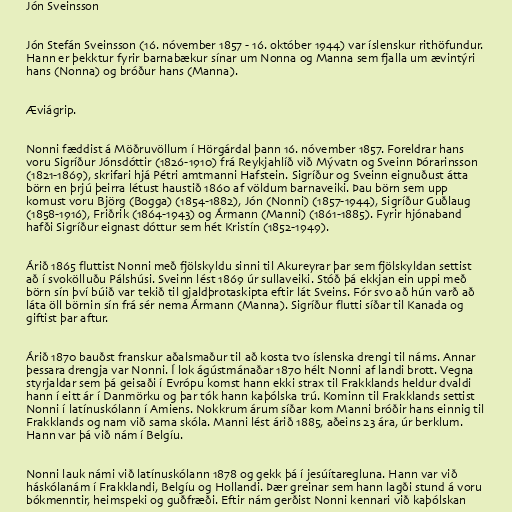
Jón Sveinsson

Jón Stefán Sveinsson (16. nóvember 1857 - 16. október 1944) var íslenskur rithöfundur.
Hann er þekktur fyrir barnabækur sínar um Nonna og Manna sem fjalla um ævintýri
hans (Nonna) og bróður hans (Manna).

Æviágrip.

Nonni fæddist á Möðruvöllum í Hörgárdal þann 16. nóvember 1857. Foreldrar hans
voru Sigríður Jónsdóttir (1826-1910) frá Reykjahlíð við Mývatn og Sveinn Þórarinsson
(1821-1869), skrifari hjá Pétri amtmanni Hafstein. Sigríður og Sveinn eignuðust átta
börn en þrjú þeirra létust haustið 1860 af völdum barnaveiki. Þau börn sem upp
komust voru Björg (Bogga) (1854-1882), Jón (Nonni) (1857-1944), Sigríður Guðlaug
(1858-1916), Friðrik (1864-1943) og Ármann (Manni) (1861-1885). Fyrir hjónaband
hafði Sigríður eignast dóttur sem hét Kristín (1852-1949).

Árið 1865 fluttist Nonni með fjölskyldu sinni til Akureyrar þar sem fjölskyldan settist
að í svokölluðu Pálshúsi. Sveinn lést 1869 úr sullaveiki. Stóð þá ekkjan ein uppi með
börn sín því búið var tekið til gjaldþrotaskipta eftir lát Sveins. Fór svo að hún varð að
láta öll börnin sín frá sér nema Ármann (Manna). Sigríður flutti síðar til Kanada og
giftist þar aftur.

Árið 1870 bauðst franskur aðalsmaður til að kosta tvo íslenska drengi til náms. Annar
þessara drengja var Nonni. Í lok ágústmánaðar 1870 hélt Nonni af landi brott. Vegna
styrjaldar sem þá geisaði í Evrópu komst hann ekki strax til Frakklands heldur dvaldi
hann í eitt ár í Danmörku og þar tók hann kaþólska trú. Kominn til Frakklands settist
Nonni í latínuskólann í Amiens. Nokkrum árum síðar kom Manni bróðir hans einnig til
Frakklands og nam við sama skóla. Manni lést árið 1885, aðeins 23 ára, úr berklum.
Hann var þá við nám í Belgíu.

Nonni lauk námi við latínuskólann 1878 og gekk þá í jesúítaregluna. Hann var við
háskólanám í Frakklandi, Belgíu og Hollandi. Þær greinar sem hann lagði stund á voru
bókmenntir, heimspeki og guðfræði. Eftir nám gerðist Nonni kennari við kaþólskan